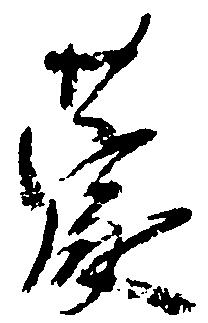
蒙